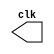
module ClockGen (
    output reg clk
);
parameter delay = 5000; // Tempo, na unidade adotada, entre duas edges. 

initial
    clk = 0; // Clock inicial estabelecido como 0;

always 
    #delay clk = ~clk;

endmodule